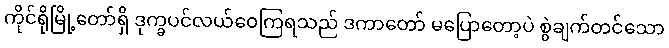
ကိုင်ရိုမြို့တော်ရှိ ဒုက္ခပင်လယ်ဝေကြရသည် ဒကာတော် မပြောတော့ပဲ စွဲချက်တင်သော